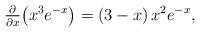
LaTeX: \begin{align*}\tfrac{\partial}{\partial x} \big(x^3e^{-x}\big) = (3-x) \, x^2 e^{-x},\end{align*}